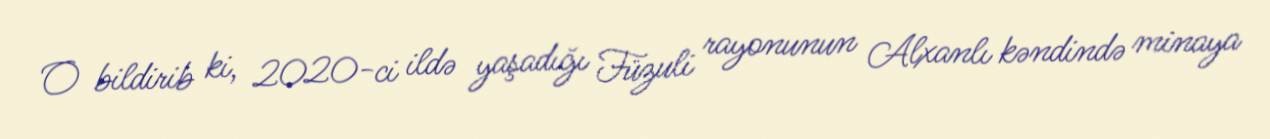
O bildirib ki, 2020-ci ildə yaşadığı Füzuli rayonunun Alxanlı kəndində minaya